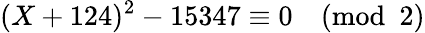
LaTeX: (X+124)^{2}-15347\equiv 0{\pmod{2}}